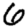
Digit: 6